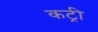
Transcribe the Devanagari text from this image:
कट्री